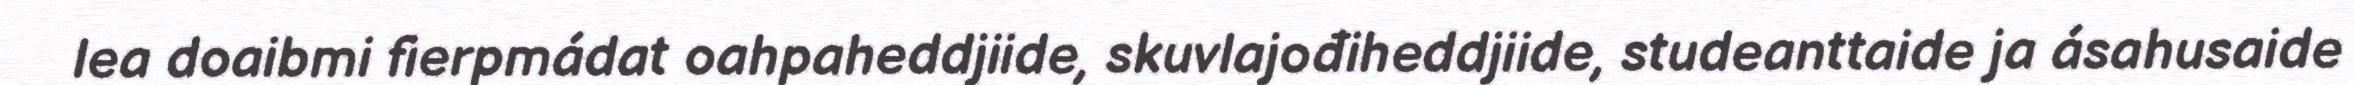
lea doaibmi fierpmádat oahpaheddjiide, skuvlajođiheddjiide, studeanttaide ja ásahusaide